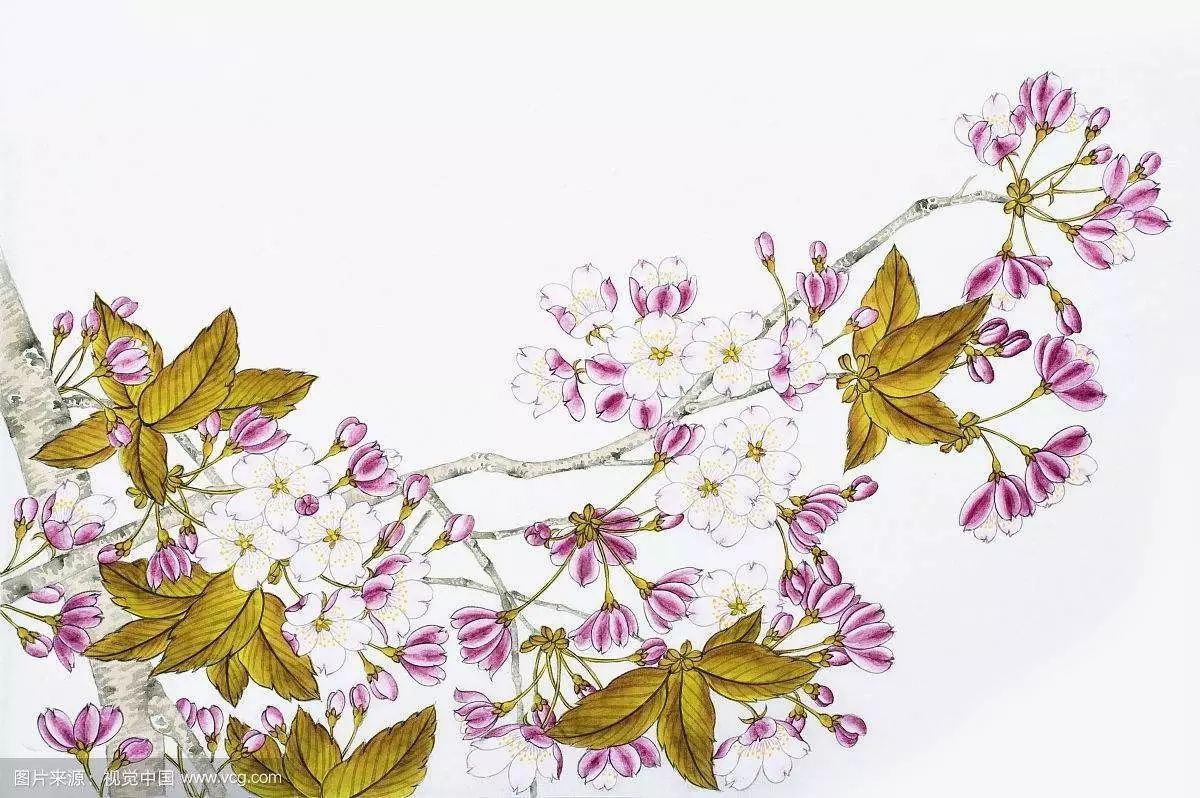
令公桃李满天下，何用堂前更种花。